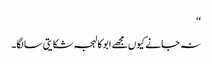
‘‘
نہ جانے کیوں مجھے ابو کا لہجہ شکایتی سا لگا۔